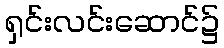
ရှင်းလင်းဆောင်၌